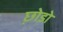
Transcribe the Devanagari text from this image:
छ़ोडो